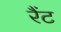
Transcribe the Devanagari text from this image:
रैंट